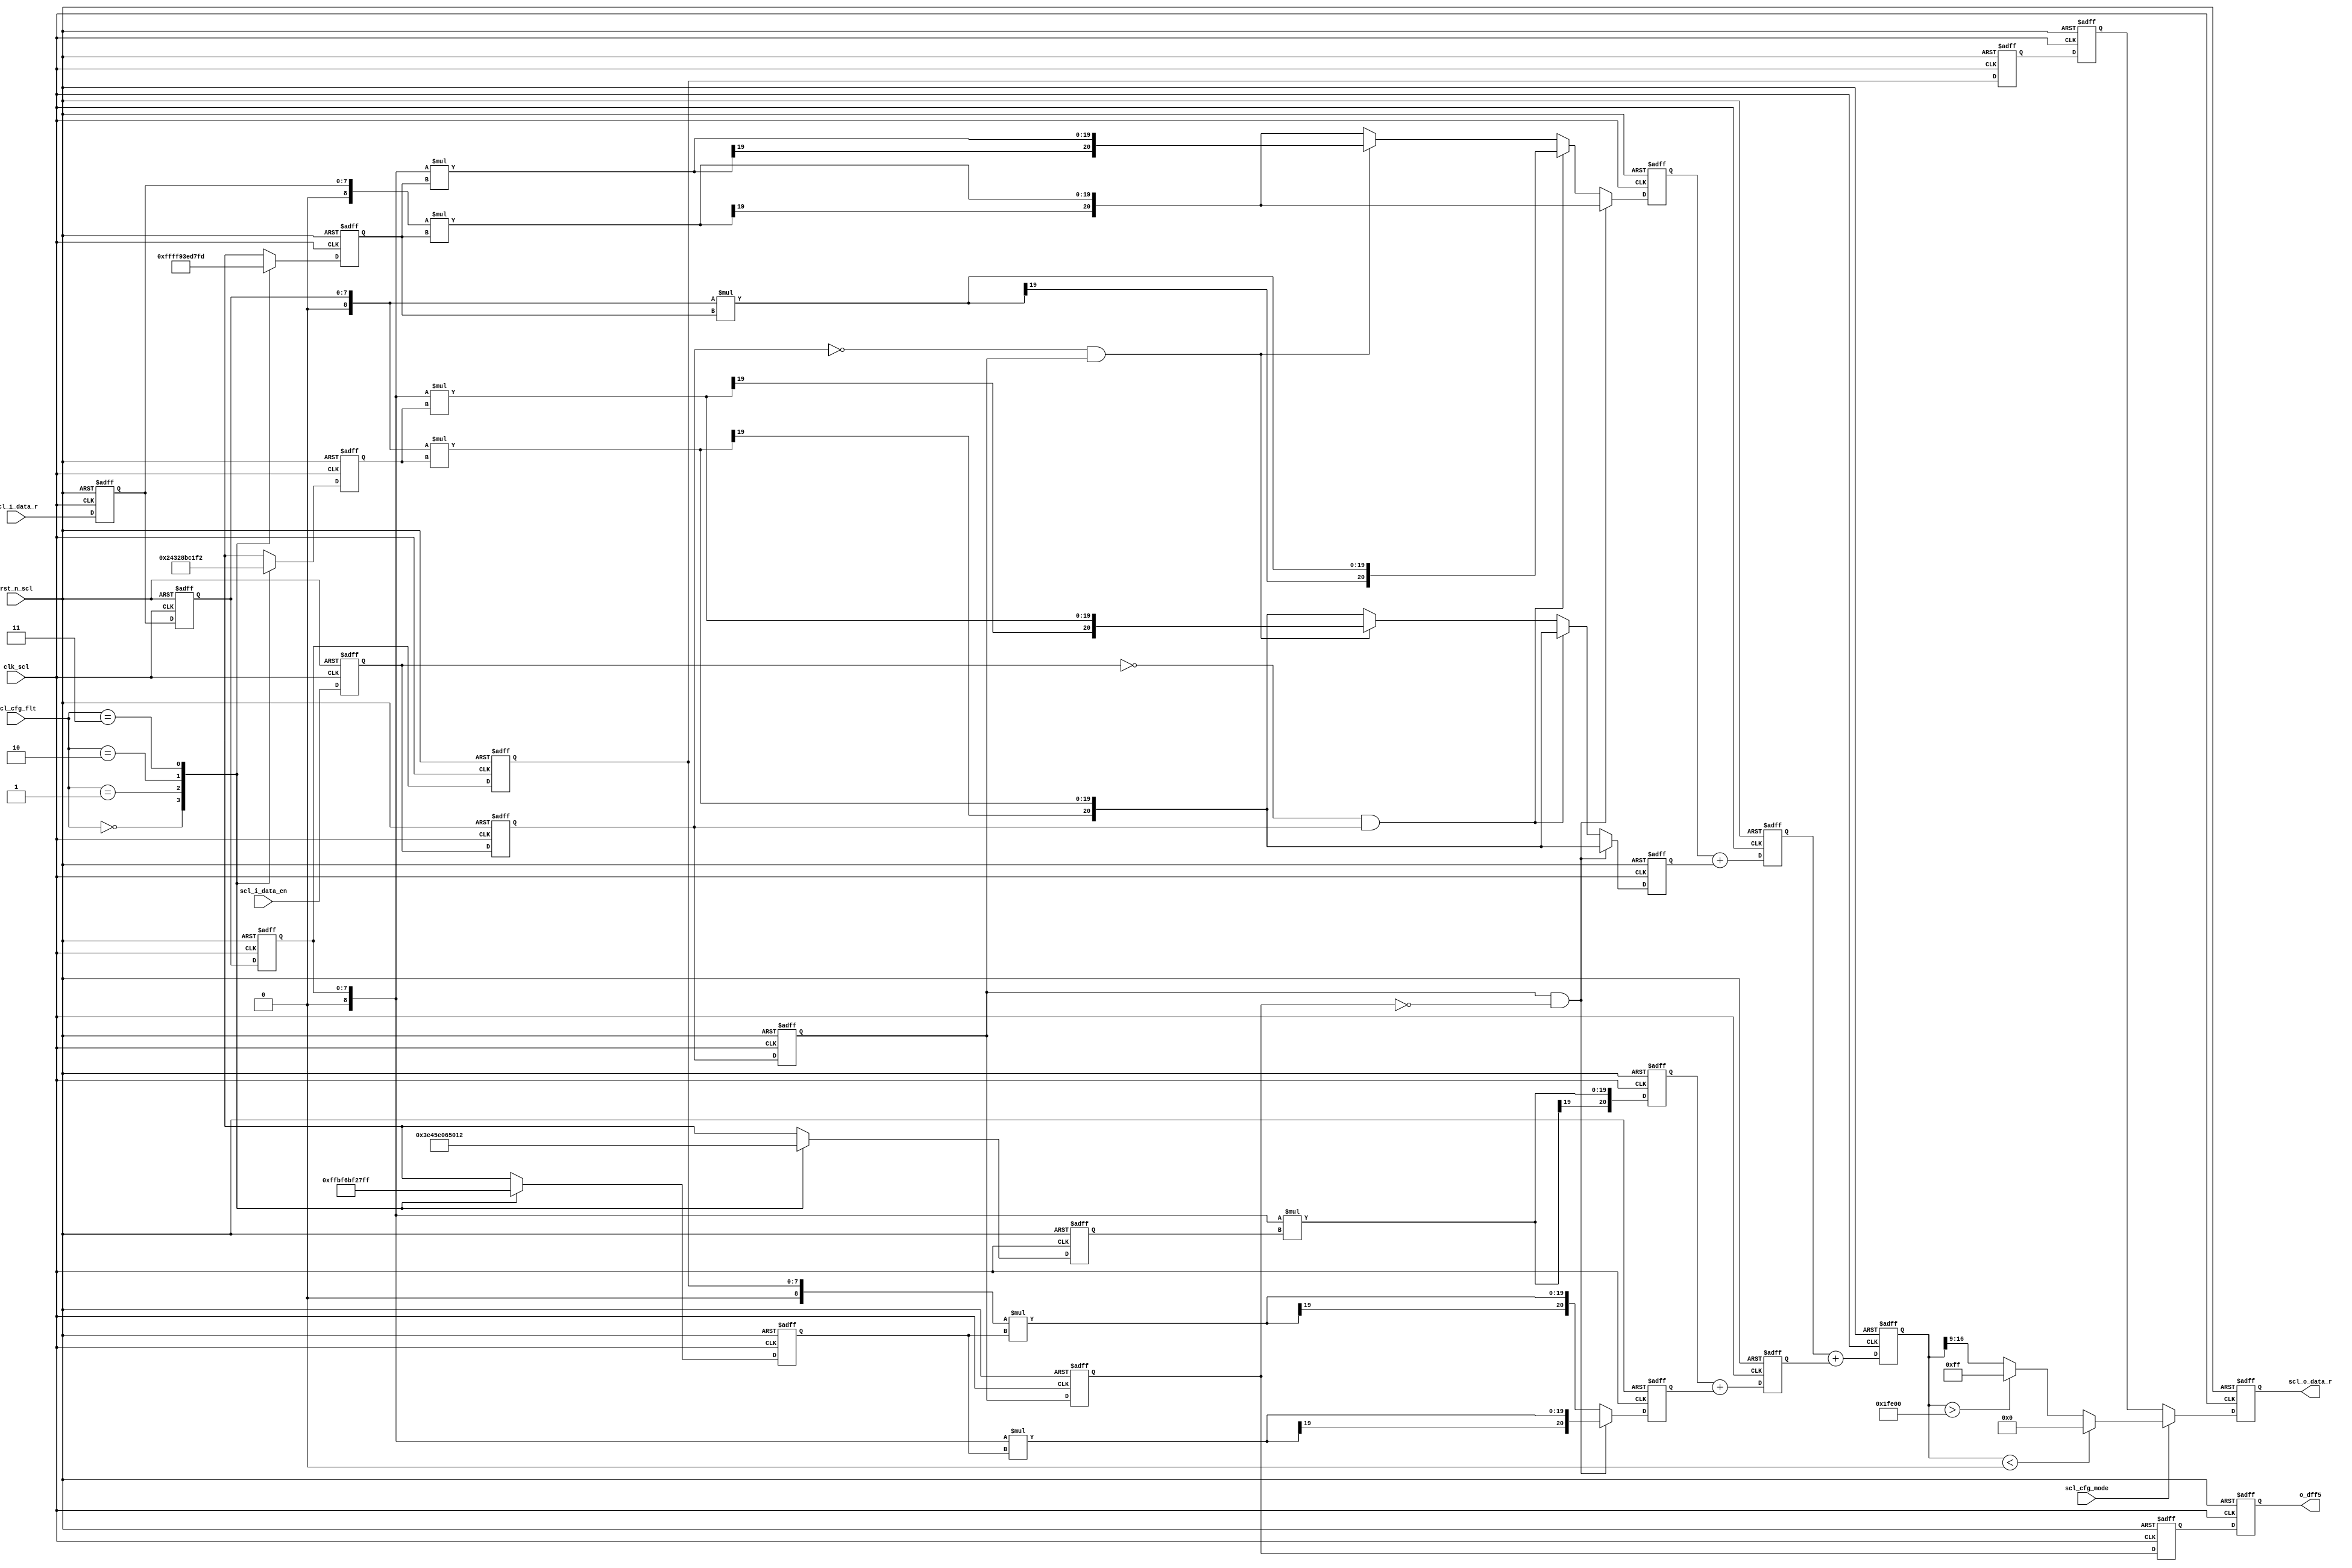
module pixel_process (
  //input
    rst_n_scl,clk_scl,
    scl_cfg_flt,scl_cfg_mode,
    scl_i_data_r,scl_i_data_en,
   //output  
    o_dff5,scl_o_data_r);
  //input
input rst_n_scl,clk_scl;
input [7:0] scl_i_data_r;
input scl_cfg_mode;
input [1:0] scl_cfg_flt;
input scl_i_data_en;
   //output
output [7:0] scl_o_data_r;
output o_dff5;
reg [7:0] scl_o_data_r;

reg o_dff0,o_dff1,o_dff2,o_dff3,o_dff4,o_dff5;//output_en DFF
reg signed [10:0] coef_0,coef_1,coef_2,coef_3;//filter
reg [7:0] in_data_r0,in_data_r1,in_data_r2,in_data_r3,in_data_r4,in_data_r5;//data_in DFF
wire signed [8:0] re_r0,re_r1,re_r2,re_r3;//data_in symbol
reg signed [20:0] dff_r0,dff_r1,dff_r2,dff_r3;//add and mul
reg signed [21:0] dff1_r0,dff1_r1;
reg signed [22:0] dff2_r;
//filter
always @(posedge clk_scl or negedge rst_n_scl) begin
    if(!rst_n_scl) begin
        coef_0 <= 0;
        coef_1 <= 0;
        coef_2 <= 0;
        coef_3 <= 0;
    end
    else begin
        case(scl_cfg_flt)
            2'd0: begin
                coef_0 <= -3;
                coef_1 <= 498;
                coef_2 <= 18;
                coef_3 <= -1;
            end
            2'd1: begin
                coef_0 <= -38;
                coef_1 <= 376;
                coef_2 <= 202;
                coef_3 <= -28;
            end
            2'd2: begin
                coef_0 <= -28;
                coef_1 <= 202;
                coef_2 <= 376;
                coef_3 <= -38;
            end
            2'd3: begin
                coef_0 <= -1;
                coef_1 <= 18;
                coef_2 <= 498;
                coef_3 <= -3;
            end
            default: begin
                coef_0 <= 0;
                coef_1 <= 512;
                coef_2 <= 0;
                coef_3 <= 0;
            end
        endcase
    end
end
////data_in symbol
assign re_r0 = {1'b0,in_data_r0};
assign re_r1 = {1'b0,in_data_r1};
assign re_r2 = {1'b0,in_data_r2};
assign re_r3 = {1'b0,in_data_r3};
//data_in DFF
always @(posedge clk_scl or negedge rst_n_scl) begin
    if(!rst_n_scl) begin
        in_data_r0  <= 8'b0;
        in_data_r1  <= 8'b0;
        in_data_r2  <= 8'b0;
        in_data_r3  <= 8'b0;
        in_data_r4  <= 8'b0;
        in_data_r5  <= 8'b0;
    end
    else begin
        in_data_r0  <= scl_i_data_r;
        in_data_r1  <= in_data_r0;
        in_data_r2  <= in_data_r1;
        in_data_r3  <= in_data_r2;
        in_data_r4  <= in_data_r3;
        in_data_r5  <= in_data_r4;
    end
end
//port processing
always @(posedge clk_scl or negedge rst_n_scl) begin
    if(!rst_n_scl) begin
        dff_r0  <= 0;
        dff_r1  <= 0;
        dff_r2  <= 0;
        dff_r3  <= 0;   
    end
    else if(o_dff2==1 && o_dff3==0) begin//first
        dff_r0  <= re_r0*coef_3;
        dff_r1  <= re_r1*coef_2;
        dff_r2  <= re_r2*coef_1;
        dff_r3  <= re_r2*coef_0;    
    end
    else if(o_dff0==0 && o_dff1==1) begin//dao shu 2
        dff_r0  <= re_r1*coef_3;
        dff_r1  <= re_r1*coef_2;
        dff_r2  <= re_r2*coef_1;
        dff_r3  <= re_r3*coef_0;  
    end
    else if(o_dff1==0 && o_dff2==1) begin//last
        dff_r0  <= re_r2*coef_3;
        dff_r1  <= re_r2*coef_2;
        dff_r2  <= re_r2*coef_1;
        dff_r3  <= re_r3*coef_0;  
    end
    else begin
        dff_r0  <= re_r0*coef_3;
        dff_r1  <= re_r1*coef_2;
        dff_r2  <= re_r2*coef_1;
        dff_r3  <= re_r3*coef_0;                
    end
end


always @(posedge clk_scl or negedge rst_n_scl) begin
    if(!rst_n_scl) begin
        dff1_r0  <= 0;
        dff1_r1  <= 0;   
    end
    else begin
        dff1_r0  <= dff_r0+dff_r1;
        dff1_r1  <= dff_r2+dff_r3;        
    end
end

always @(posedge clk_scl or negedge rst_n_scl) begin
    if(!rst_n_scl) begin
        dff2_r <= 0;    
    end
    else begin
        dff2_r <= dff1_r0+dff1_r1;        
    end
end

//
always @(posedge clk_scl or negedge rst_n_scl) begin
    if(!rst_n_scl) begin
        scl_o_data_r  <= 8'b0;        
    end
    else if(!scl_cfg_mode) begin
        scl_o_data_r <= in_data_r5;        
    end
    else begin   
        if(dff2_r<0) begin
            scl_o_data_r <= 8'b0;
        end
        else if(dff2_r>130560) begin
            scl_o_data_r <= 255;
        end
        else begin
            scl_o_data_r <= dff2_r >> 9;
        end
 end
 end
 //data_out_DFF
always @(posedge clk_scl or negedge rst_n_scl) begin
    if(!rst_n_scl) begin
        o_dff0 <= 0;
        o_dff1 <= 0;
        o_dff2 <= 0;
        o_dff3 <= 0;
        o_dff4 <= 0;
        o_dff5 <= 0;
    end
    else begin
        o_dff0  <= scl_i_data_en;
        o_dff1  <= o_dff0;
        o_dff2  <= o_dff1;
        o_dff3  <= o_dff2;
        o_dff4  <= o_dff3;
        o_dff5  <= o_dff4;
    end
end
        
  
endmodule